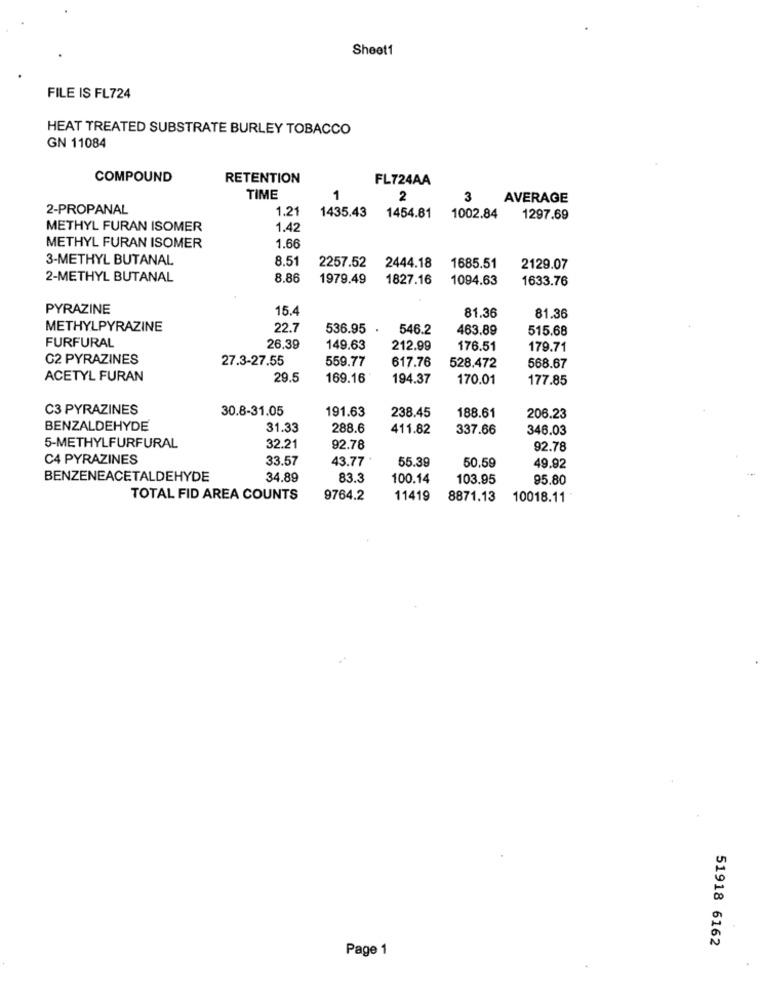
Sheet1
FILE IS FL724
HEAT TREATED SUBSTRATE BURLEY TOBACCO
GN 11084
COMPOUND
RETENTION
FL724AA
TIME
1
2
3
AVERAGE
2-PROPANAL
1.21
1435.43
1454.81
1002.84
1297.69
METHYL FURAN ISOMER
1.42
1.66
METHYL FURAN ISOMER
3-METHYL BUTANAL
8.51
2257.52
2444.18
1685.51
2129.07
2-METHYL BUTANAL
8.86
1979.49
1827.16
1094.63
1633.76
PYRAZINE
15.4
81.36
81.36
METHYLPYRAZINE
22.7
536.95
546.2
463.89
515.68
FURFURAL
26.39
149.63
212.99
176.51
179.71
G2 PYRAZINES
27.3-27.55
559.77
617.76
528.472
568.67
ACETYL FURAN
29.5
169.16
194.37
170.01
177.85
C3 PYRAZINES
30.8-31.05
191.63
238.45
188.61
206.23
BENZALDEHYDE
31.33
288.6
411.82
337.66
346.03
5-METHYLFURFURAL
32.21
92.78
92.78
C4 PYRAZINES
33.57
43.77
55.39
50.59
49.92
BENZENEACETALDEHYDE
34.89
83.3
100.14
103.95
95.80
TOTAL FID AREA COUNTS
9764.2
11419
8871.13
10018.11
51918 6162
Page 1